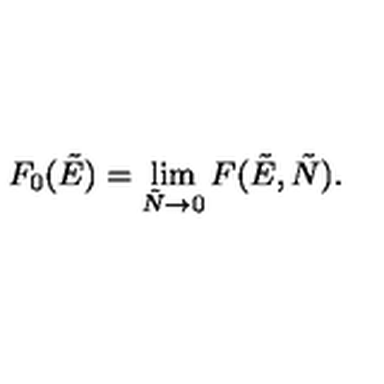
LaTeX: F _ { 0 } ( \tilde { E } ) = \lim _ { \tilde { N } \to 0 } F ( \tilde { E } , \tilde { N } ) .